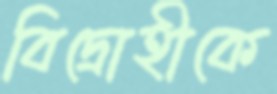
বিদ্রোহীকে